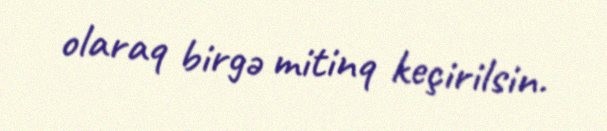
olaraq birgə mitinq keçirilsin.